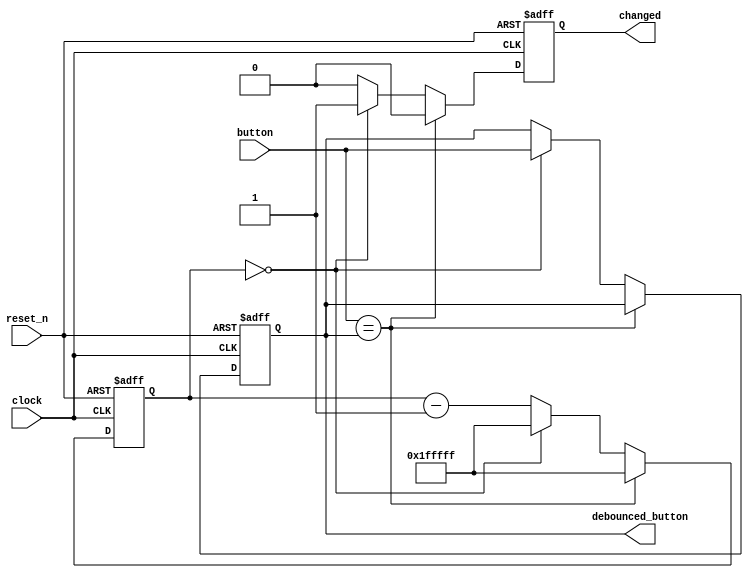
module Debouncer #(parameter DEFAULT_VALUE=1'b0)
(
    input wire clock,
    input wire reset_n,
    input wire button,
    output reg debounced_button,
    output reg changed
);

    // 2**21 * 20 ns = 42 ms.
    localparam N = 21;

    reg [N-1:0] counter;

    always @(posedge clock or negedge reset_n) begin
        if (!reset_n) begin
            debounced_button <= DEFAULT_VALUE;
            counter <= 1'b0;
            changed <= 1'b0;
        end else begin
            changed <= 1'b0;

            if (button == debounced_button) begin
                // Keep resetting our counter.
                counter <= {N{1'b1}};
            end else begin
                if (counter == 0) begin
                    // We've made it through the wait period, change
                    // our value.
                    debounced_button <= button;
                    counter <= {N{1'b1}};
                    changed <= 1'b1;
                end else begin
                    // Count down.
                    counter <= counter - 1'b1;
                end
            end
        end
    end

endmodule